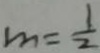
m = \frac { 1 } { 2 }